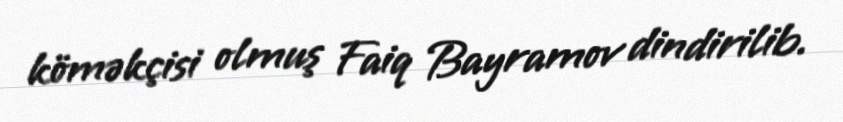
köməkçisi olmuş Faiq Bayramov dindirilib.